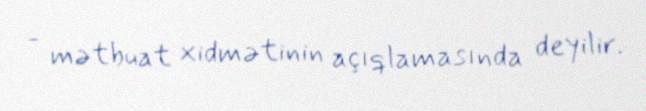
- mətbuat xidmətinin açıqlamasında deyilir.